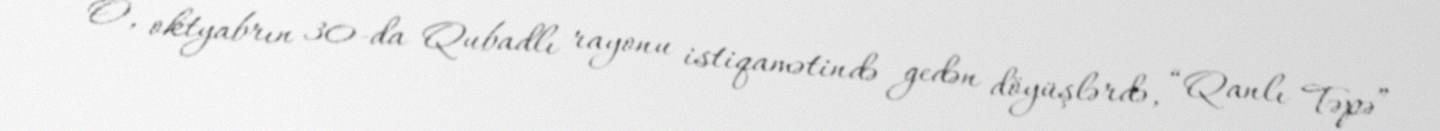
O, oktyabrın 30-da Qubadlı rayonu istiqamətində gedən döyüşlərdə, “Qanlı Təpə”